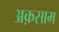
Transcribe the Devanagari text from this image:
अक़साम